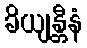
ခိယျန္တီနံ